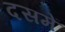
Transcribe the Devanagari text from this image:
दसमें